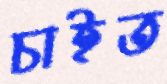
চাইত